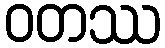
ဝတဿ